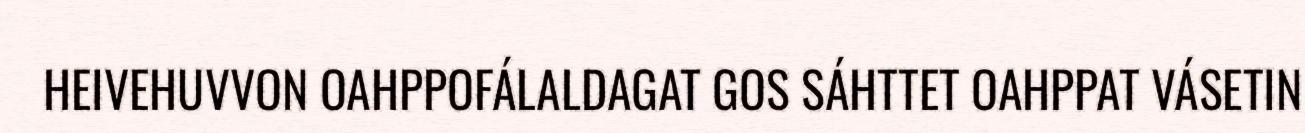
HEIVEHUVVON OAHPPOFÁLALDAGAT GOS SÁHTTET OAHPPAT VÁSETIN